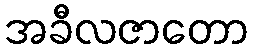
အခီလဇာတော